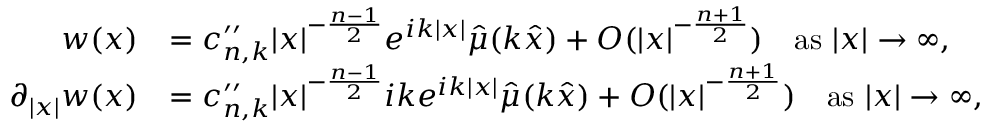
\begin{array} { r l } { w ( x ) } & { = c _ { n , k } ^ { \prime \prime } | x | ^ { - \frac { n - 1 } { 2 } } e ^ { i k | x | } \hat { \mu } ( k \hat { x } ) + O ( | x | ^ { - \frac { n + 1 } { 2 } } ) \quad \mathrm { a s ~ } | x | \rightarrow \infty , } \\ { \partial _ { | x | } w ( x ) } & { = c _ { n , k } ^ { \prime \prime } | x | ^ { - \frac { n - 1 } { 2 } } i k e ^ { i k | x | } \hat { \mu } ( k \hat { x } ) + O ( | x | ^ { - \frac { n + 1 } { 2 } } ) \quad \mathrm { a s ~ } | x | \rightarrow \infty , } \end{array}